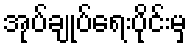
အုပ်ချုပ်ရေးပိုင်းမှ